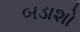
બડાશો